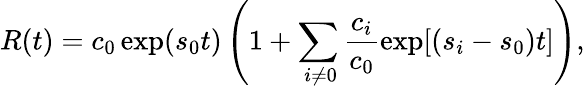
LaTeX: R(t)={{c}_{0}}\exp({{s}_{0}}t)\left(1+\sum_{\mathrm{~}i\ne 0}{\frac{{{c}_{i}}}{{{c}_{0}}}\exp[({{s}_{i}}-{{s}_{0}})t]}\right),